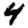
Digit: 4